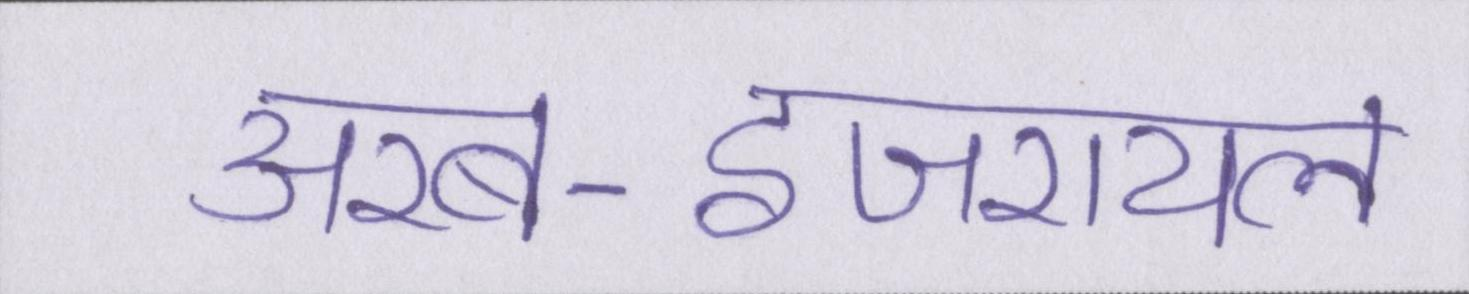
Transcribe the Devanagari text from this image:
अरब-इजरायल